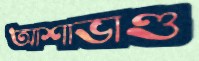
আশাভাণ্ড